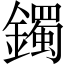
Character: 鐲